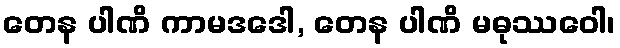
တေန ပါဏိ ကာမဒဒေါ, တေန ပါဏိ မဓုဿဝေါ၊